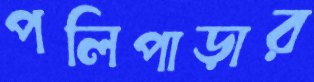
পলিপাড়ার